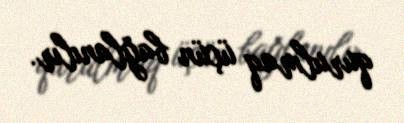
qurulmaq üçün bağlanılır.